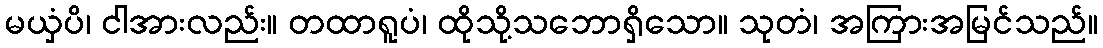
မယှံပိ၊ ငါအားလည်း။ တထာရူပံ၊ ထိုသို့သဘောရှိသော။ သုတံ၊ အကြားအမြင်သည်။